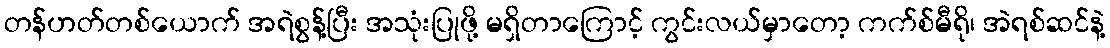
တန်ဟတ်တစ်ယောက် အရဲစွန့်ပြီး အသုံးပြုဖို့ မရှိတာကြောင့် ကွင်းလယ်မှာတော့ ကက်စ်မီရို၊ အဲရစ်ဆင်နဲ့